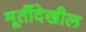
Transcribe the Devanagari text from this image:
मूर्तीदेखील